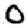
Digit: 0